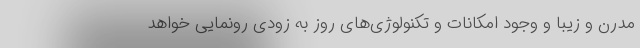
مدرن و زیبا و وجود امکانات و تکنولوژی‌های ‌روز به زودی رونمایی خواهد